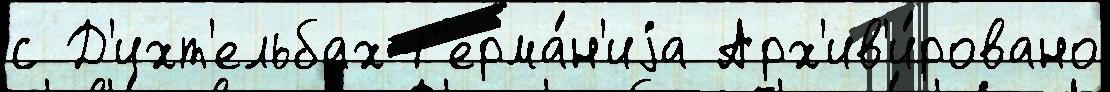
с Д'ихт'ельбах Г'ерма́н'иjа Арх'ив'и́ровано